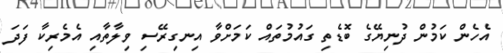
އެހެން ކަމުން ދުނިޔޭގެ ބޮޑެތި ގައުމުތައް ކަމަށްވާ އިނގިރޭސި ވިލާތާއި އެމެރިކާ ފަދަ